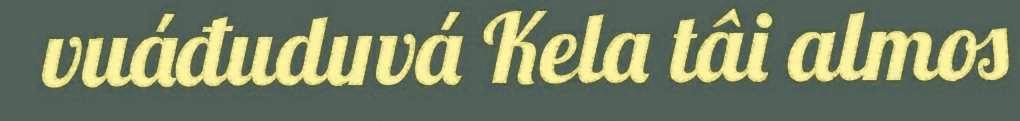
vuáđuduvá Kela tâi almos